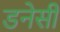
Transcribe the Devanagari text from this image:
डनेसी